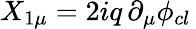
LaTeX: X_{1\mu}=2iq\, \partial_{\mu}\phi_{cl}\,